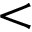
<